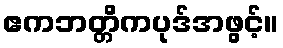
ဧကဘတ္တိကပုဒ်အဖွင့်။